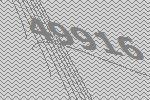
49916